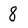
Character: 8